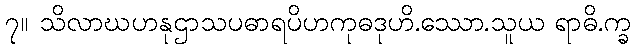
၇။ သိလာဃဟနုဌာသပဓာရပိဟကုဓဒုဟိ.ဿော.သူယ ရာဓိ.က္ခ